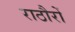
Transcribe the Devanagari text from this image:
राठौरों